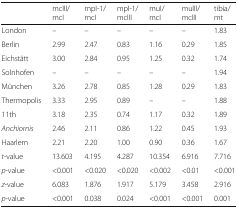
<table><thead><tr><td></td><td><b>mcIII/mcI</b></td><td><b>mpI-1/mcI</b></td><td><b>mpI-1/mcIII</b></td><td><b>muI/mcI</b></td><td><b>muIII/mcIII</b></td><td><b>tibia/mt</b></td></tr></thead><tbody><tr><td>London</td><td>–</td><td>–</td><td>–</td><td>–</td><td>–</td><td>1.83</td></tr><tr><td>Berlin</td><td>2.99</td><td>2.47</td><td>0.83</td><td>1.16</td><td>0.29</td><td>1.85</td></tr><tr><td>Eichstätt</td><td>3.00</td><td>2.84</td><td>0.95</td><td>1.25</td><td>0.32</td><td>1.74</td></tr><tr><td>Solnhofen</td><td>–</td><td>–</td><td>–</td><td>–</td><td>–</td><td>1.94</td></tr><tr><td>München</td><td>3.26</td><td>2.78</td><td>0.85</td><td>1.28</td><td>0.29</td><td>1.83</td></tr><tr><td>Thermopolis</td><td>3.33</td><td>2.95</td><td>0.89</td><td>–</td><td>–</td><td>1.88</td></tr><tr><td>11th</td><td>3.18</td><td>2.35</td><td>0.74</td><td>1.17</td><td>0.32</td><td>1.89</td></tr><tr><td><i>Anchiornis</i></td><td>2.46</td><td>2.11</td><td>0.86</td><td>1.22</td><td>0.45</td><td>1.93</td></tr><tr><td>Haarlem</td><td>2.21</td><td>2.20</td><td>1.00</td><td>0.90</td><td>0.36</td><td>1.67</td></tr><tr><td><i>t</i>-value</td><td>13.603</td><td>4.195</td><td>4.287</td><td>10.354</td><td>6.916</td><td>7.716</td></tr><tr><td><i>p</i>-value</td><td>&lt;0.001</td><td>&lt;0.020</td><td>&lt;0.020</td><td>&lt;0.002</td><td>&lt;0.01</td><td>&lt;0.001</td></tr><tr><td><i>z</i>-value</td><td>6.083</td><td>1.876</td><td>1.917</td><td>5.179</td><td>3.458</td><td>2.916</td></tr><tr><td><i>p</i>-value</td><td>&lt;0.001</td><td>0.038</td><td>0.024</td><td>&lt;0.001</td><td>&lt;0.001</td><td>0.001</td></tr></tbody></table>